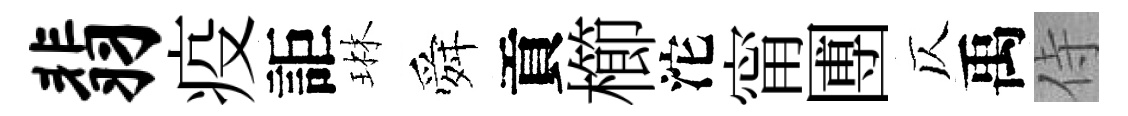
翡疫詎琳舜貢櫛沱甯圑仄禹侍